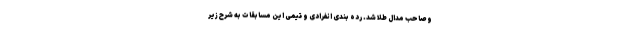
و صاحب مدال طلا شد. رده بندی انفرادی و تیمی این مسابقات به شرح زیر